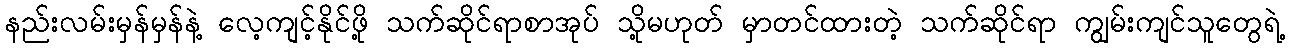
နည်းလမ်းမှန်မှန်နဲ့ လေ့ကျင့်နိုင်ဖို့ သက်ဆိုင်ရာစာအုပ် သို့မဟုတ် မှာတင်ထားတဲ့ သက်ဆိုင်ရာ ကျွမ်းကျင်သူတွေရဲ့